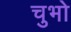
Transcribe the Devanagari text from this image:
चुभो